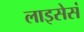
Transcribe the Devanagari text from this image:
लाइसेसं